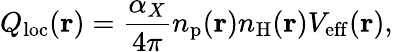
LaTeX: Q_{\mathrm{loc}}(\mathbf{r})=\frac{\alpha_{X}}{4\pi}n_{\mathrm{p}}(\mathbf{r})n_{\mathrm{H}}(\mathbf{r})V_{\mathrm{eff}}(\mathbf{r}),